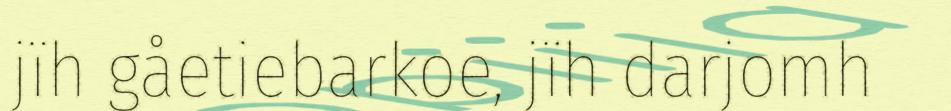
jïh gåetiebarkoe, jïh darjomh